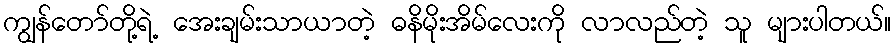
ကျွန်တော်တို့ရဲ့ အေးချမ်းသာယာတဲ့ ဓနိမိုးအိမ်လေးကို လာလည်တဲ့ သူ များပါတယ်။